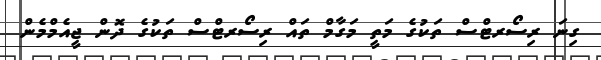
ގިނަ ރިސޯރޓްސް ތަކުގެ މަތީ މަގާމް ތައް ރިސޯރޓްސް ތަކުގެ ދޮން ޖީއެމްމެން